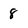
Character: 8